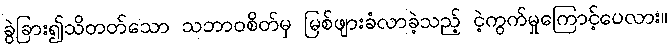
ခွဲခြား၍သိတတ်သော သဘာဝစိတ်မှ မြစ်ဖျားခံလာခဲ့သည့် ငဲ့ကွက်မှုကြောင့်ပေလား။